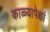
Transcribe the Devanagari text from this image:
काळ्यापेक्षां